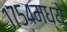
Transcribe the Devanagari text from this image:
१७५४मध्ये